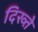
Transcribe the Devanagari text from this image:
दिख्ते